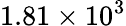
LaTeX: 1.81\times 10^{3}